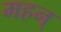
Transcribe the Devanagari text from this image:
महन्